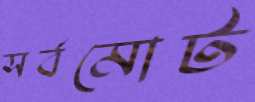
সর্বমোট